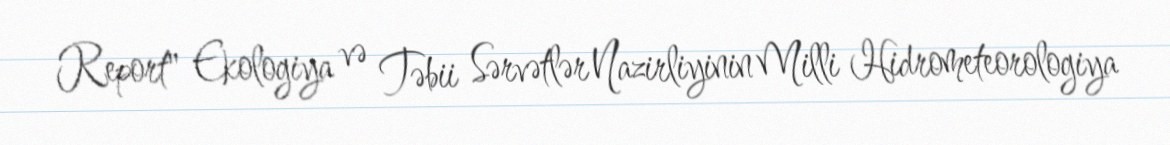
Report" Ekologiya və Təbii Sərvətlər Nazirliyinin Milli Hidrometeorologiya